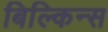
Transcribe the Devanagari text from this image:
बिल्किन्स